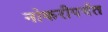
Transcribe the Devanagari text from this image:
नोकरीपर्यंत